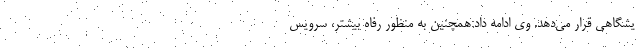
یشگاهی قرار می‌دهد. وی ادامه داد:همچنین به منظور رفاه بیشتر، سرویس